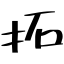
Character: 拓